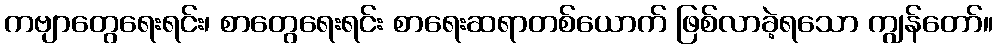
ကဗျာတွေရေးရင်း၊ စာတွေရေးရင်း စာရေးဆရာတစ်ယောက် ဖြစ်လာခဲ့ရသော ကျွန်တော်။